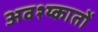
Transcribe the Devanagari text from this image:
अवश्य्कातों